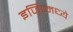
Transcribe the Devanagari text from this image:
इजिप्मध्ये